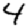
Digit: 4